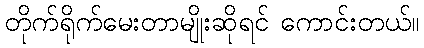
တိုက်ရိုက်မေးတာမျိုးဆိုရင် ကောင်းတယ်။